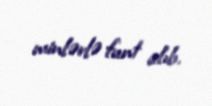
minlərlə funt alıb.